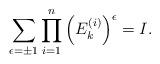
LaTeX: \begin{align*} \sum_{\epsilon = \pm 1} \prod_{i=1}^{n}\left(E_k^{(i)}\right)^{\epsilon}=I.\end{align*}